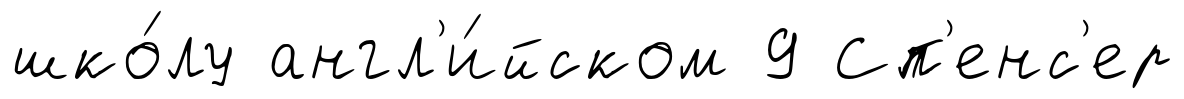
шко́лу англ'и́йском 9 Сп'енс'ер